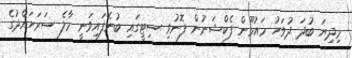
މިދިޔަ ބުދަ ދުވަހު މައުމޫން ފެކްޝަނުން ފޮނުވި ސިޓީގައި ބުނެފައިވަނީ މާލެ ސަރަހައްދުގެ